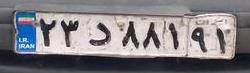
۲۳د۸۸۱۹۱